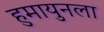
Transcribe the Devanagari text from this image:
हुमायुनला